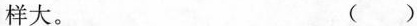
样大。 ( )